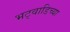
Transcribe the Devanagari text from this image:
भट्वाडिच्या